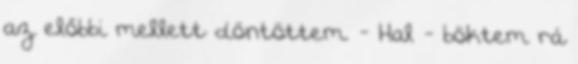
az előbbi mellett döntöttem. - Hal - böktem rá